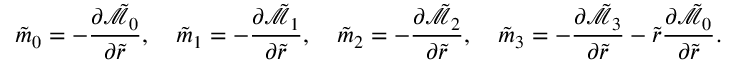
\tilde { m } _ { 0 } = - \frac { \partial \tilde { \mathcal { M } } _ { 0 } } { \partial \tilde { r } } , \quad \tilde { m } _ { 1 } = - \frac { \partial \tilde { \mathcal { M } } _ { 1 } } { \partial \tilde { r } } , \quad \tilde { m } _ { 2 } = - \frac { \partial \tilde { \mathcal { M } } _ { 2 } } { \partial \tilde { r } } , \quad \tilde { m } _ { 3 } = - \frac { \partial \tilde { \mathcal { M } } _ { 3 } } { \partial \tilde { r } } - \tilde { r } \frac { \partial \tilde { \mathcal { M } } _ { 0 } } { \partial \tilde { r } } .